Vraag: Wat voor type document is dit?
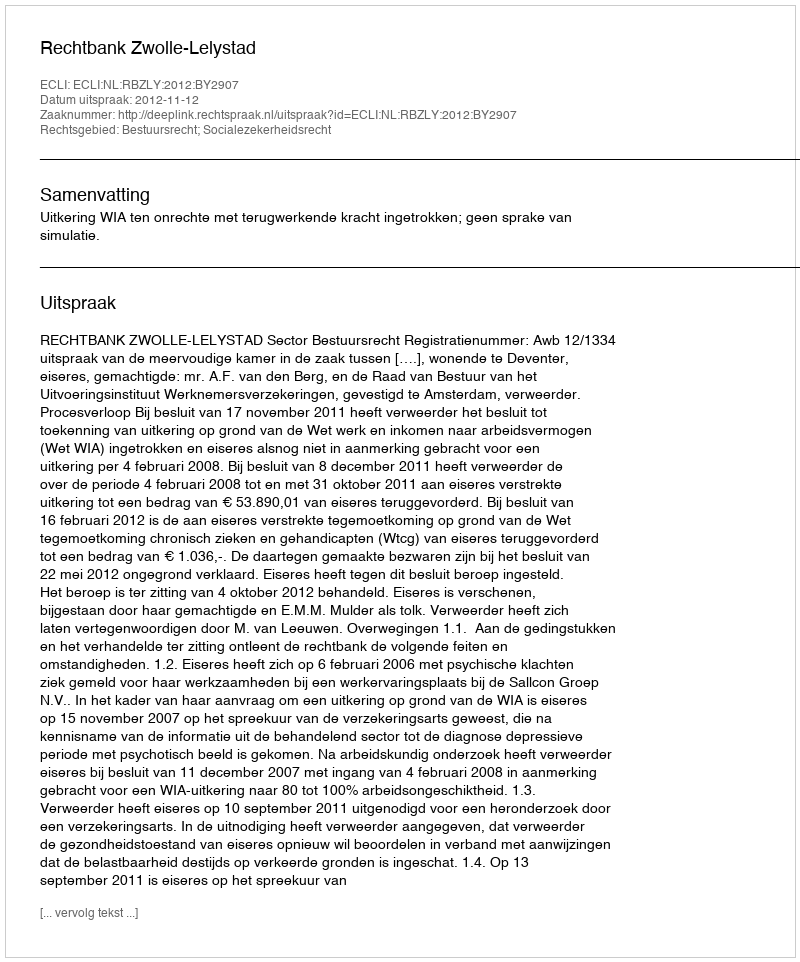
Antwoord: Uitspraak